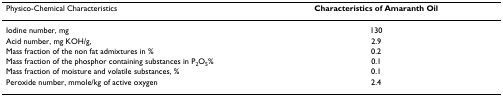
| Physico-Chemical Characteristics | Characteristics of Amaranth Oil |
 | --- | --- |
 | Iodine number, mg | 130 |
 | Acid number, mg KOH/g, | 2.9 |
 | Mass fraction of the non fat admixtures in % | 0.2 |
 | Mass fraction of the phosphor containing substances in P2O5% | 0.1 |
 | Mass fraction of moisture and volatile substances, % | 0.1 |
 | Peroxide number, mmole/kg of active oxygen | 2.4 |